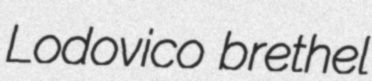
Lodovico brethel